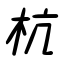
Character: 杭